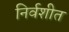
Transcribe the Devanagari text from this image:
निर्वशीत